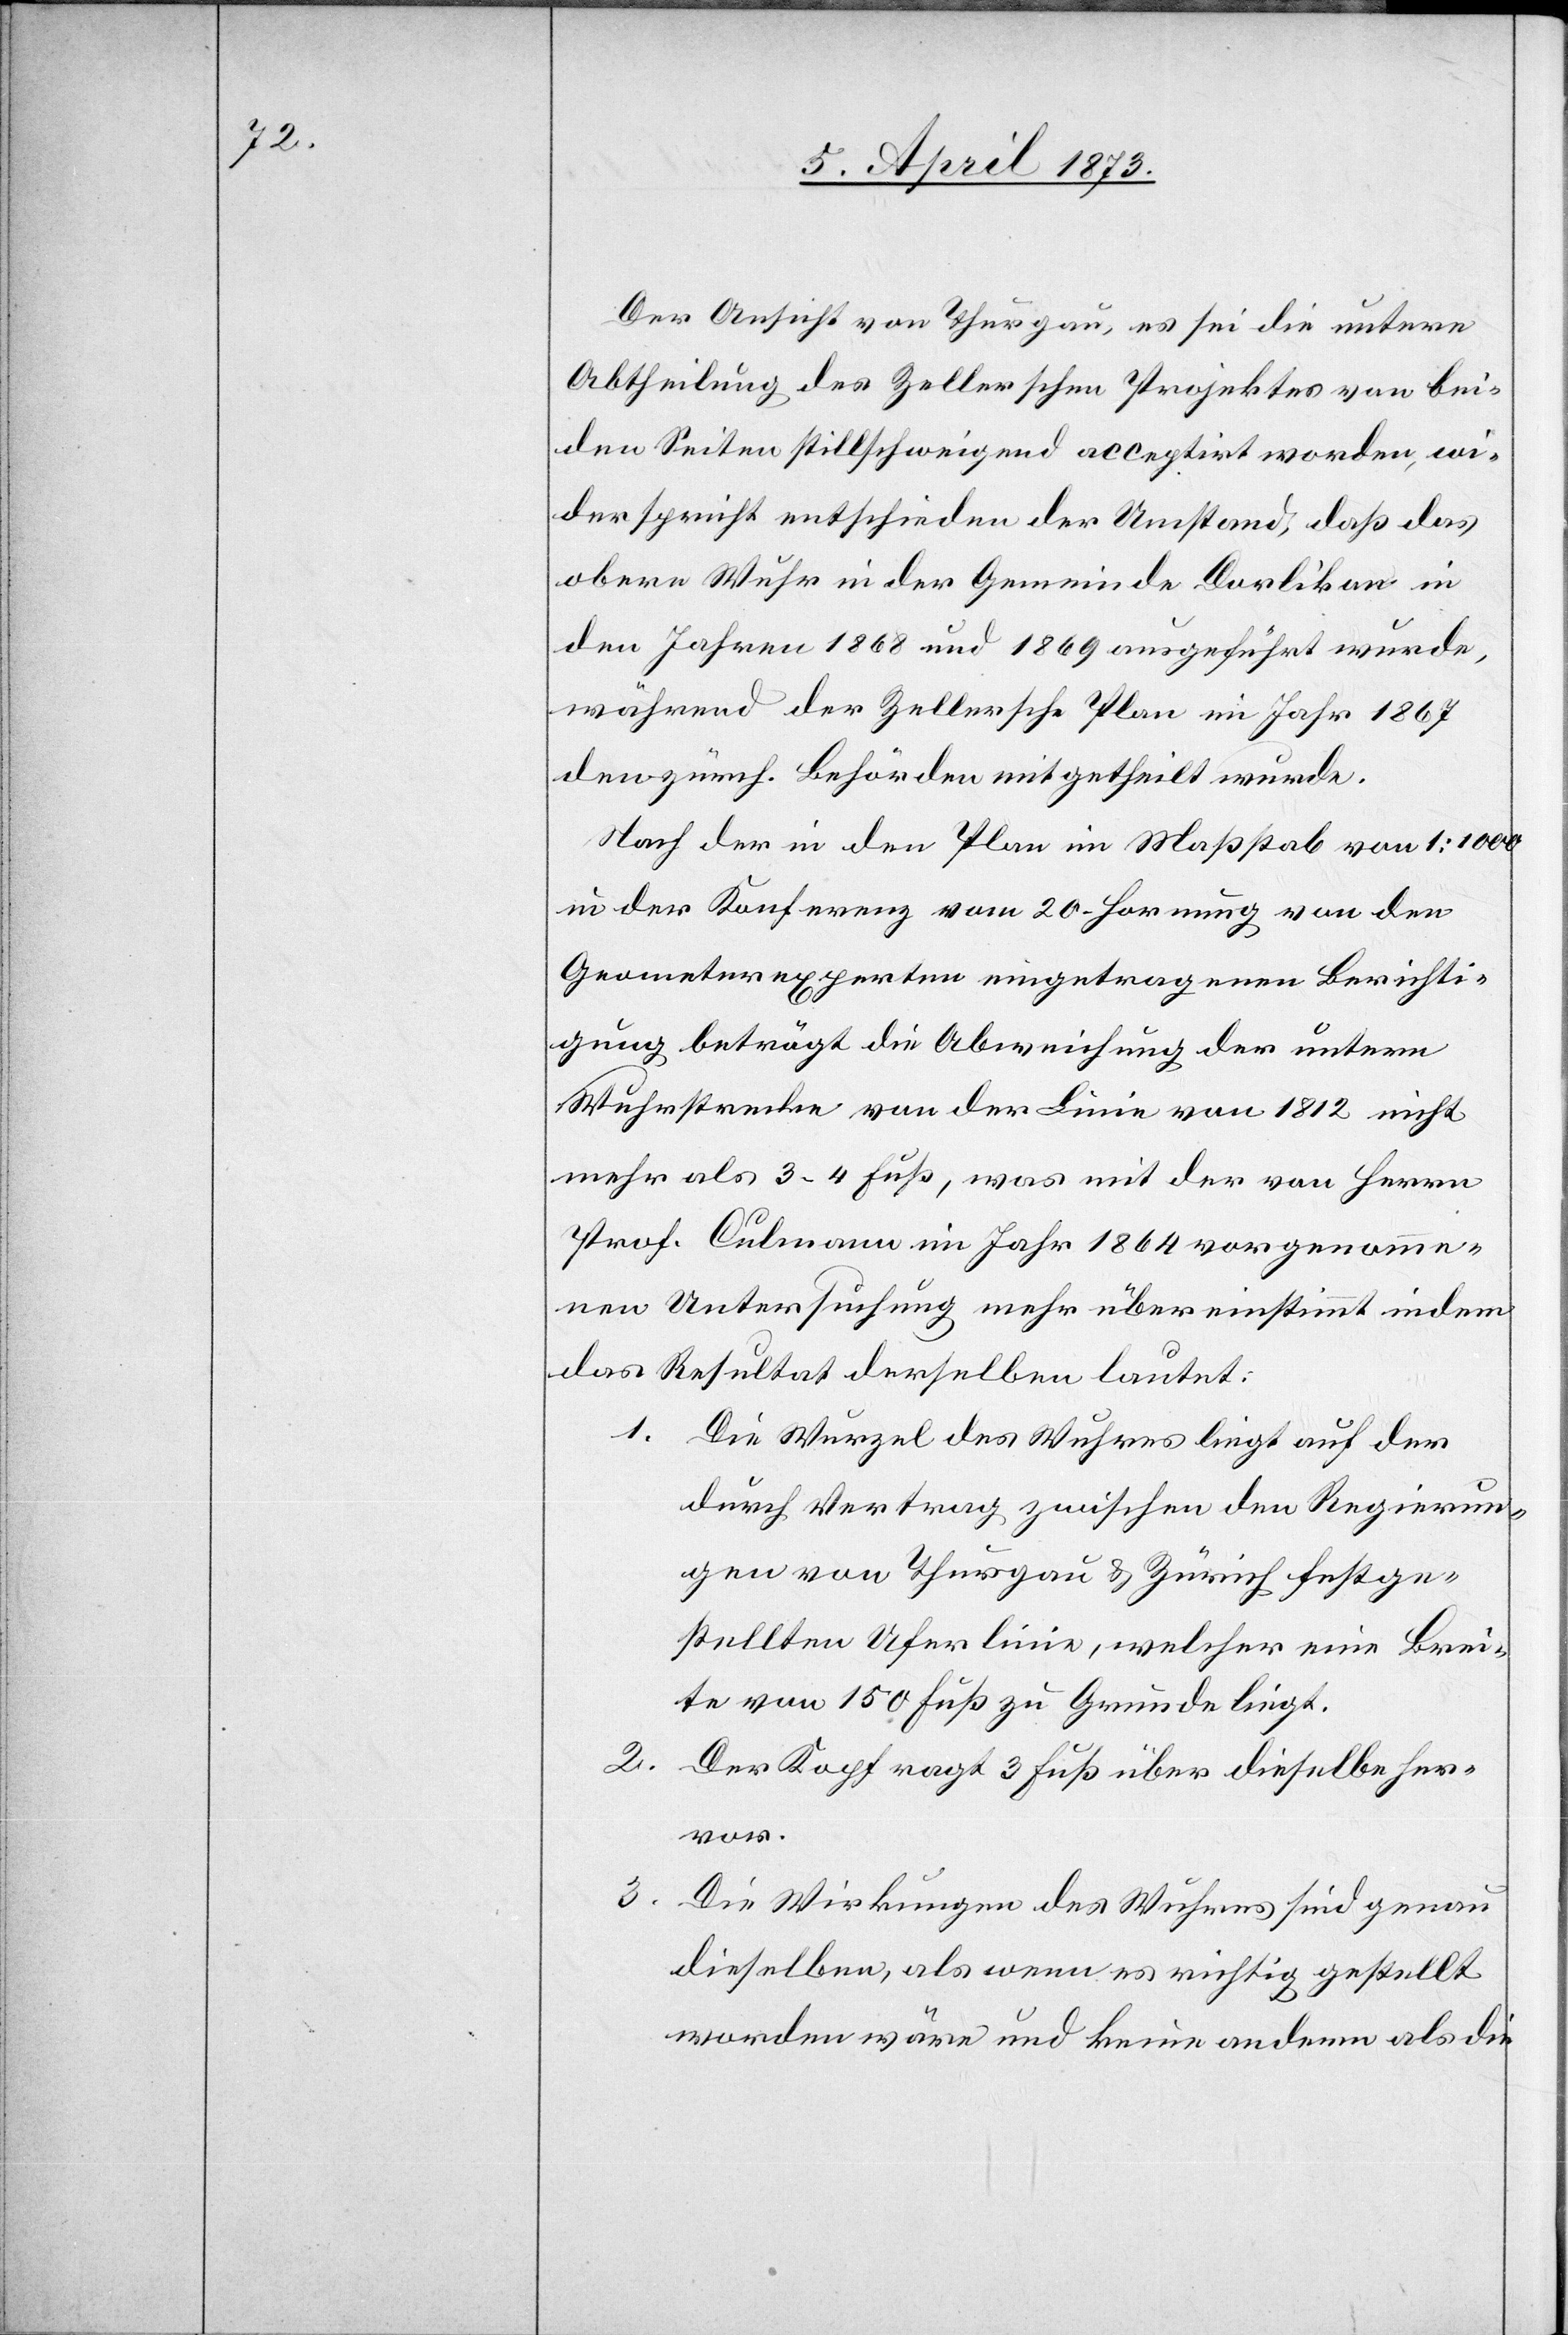
Der Ansicht von Thurgau, es sei die untere
Abtheilung des Zellerschen Projektes von bei¬
den Seiten stillschweigend acceptirt worden, wi¬
derspricht entschieden der Umstand, daß das
obere Wuhr in der Gemeinde Dorlikon in
den Jahren 1868 und 1869 ausgeführt wurde,
während der Zellersche Plan im Jahr 1867
den zürch. Behörden mitgetheilt wurde.
Nach der in den Plan im Maßstab von 1:1000
in der Konferenz vom 20. Hornung von den
Geometerexperten eingetragenen Berichti¬
gung beträgt die Abweichung der untern
Wuhrstrecke von der Linie von 1812 nicht
mehr als 3–4 Fuß, was mit der von Herrn
Prof. Culmann im Jahr 1864 vorgenomme¬
nen Untersuchung mehr übereinstimmt indem
das Resultat derselben lautet:
1. Die Wurzel des Wuhres liegt auf der
durch Vertrag zwischen den Regierun¬
gen von Thurgau & Zürich festge¬
stellten Uferlinie, welcher eine Brei¬
te von 150 Fuß zu Grunde liegt.
2.
Der Kopf ragt 3 Fuß über dieselbe her¬
vor.
3. Die Wirkungen des Wuhres sind genau
dieselben, als wenn es richtig gestellt
worden wäre und keine andern als die